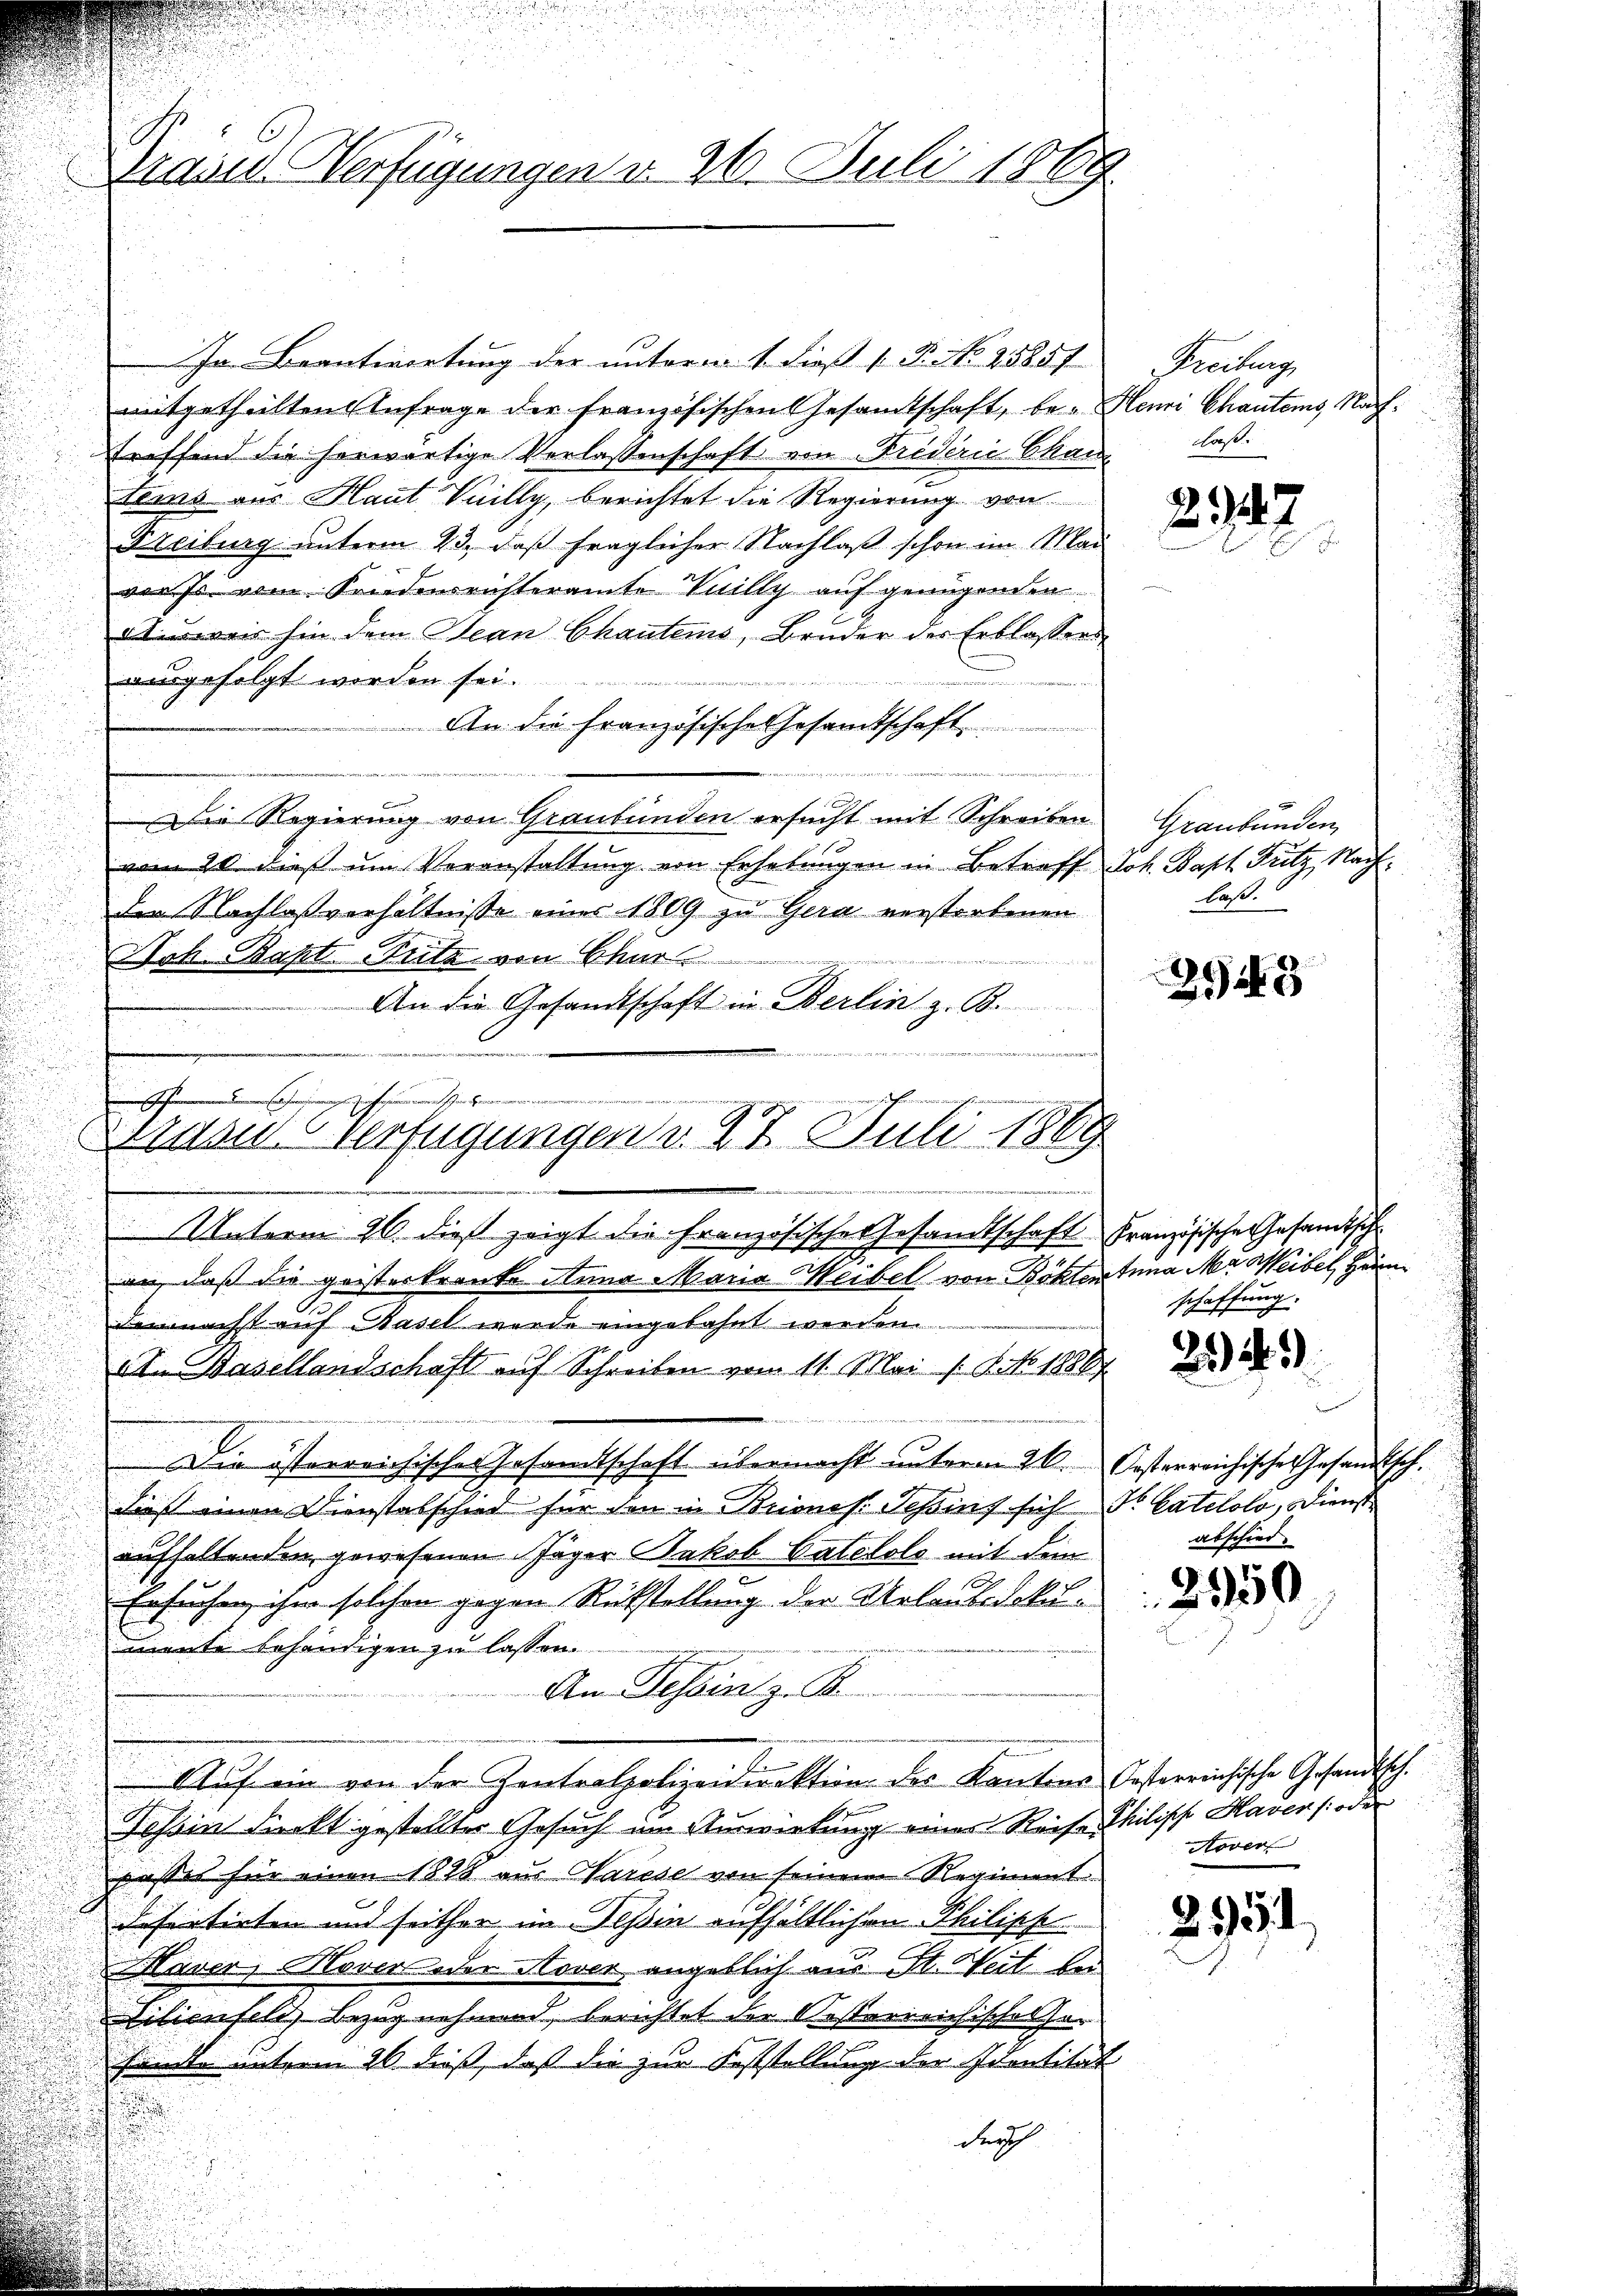
In Beantwortung der unterm 1. dieß P. No 25857
mitgetheilten Anfrage der französischen Gesandtschaft, be-
troffend die herwärtige Verlassenschaft von Friderie Cham
teins aus Haut Vuilly, berichtet die Regierung von
Freiburg unterm 23., daß fraglicher Nachlaß schon im Mai
vor sr. vom Kindensrichteramte Vuilly auf genügen
terweis hin dem Jean Chautens, Bruder der Erblassers
ausgefolgt worden sei.
An die französische Gesamtschaft
u
e
Die Regierung von Graubünden ersucht mit Schreiben
vom 20. dieß um Veranstaltung von Erhebungen in Betreff Joh. Bapt Fritz, Nach¬
Der Nachlaßverhältnisse einer 1809 zu Gera verstorbenen
u
Joh. Bapt. Riete von Chur
An die Gesandtschaft in Berlin z. B.
i
Unterm 26. dieß zeigt die Französische Gesandtschaft Französische Gesamtsch
.
an, daß die geisterkranke Anna Maria Weibel von Böhtertuna Ma Weibel, Heim
demnächst auf Basel wurde eingebahnt werden.
In Basellandschaft auf Schreiben von 11. Mai / NNo. 1886/
Die österreichisches Gesandtschaft übermacht unterm 26. Oesterreichische Gesandtsch¬
Fies einen Dienstabschied für den in Brones Scheint sich Dr Catelolo, Dienst
aufhaltenden, gewesenen Jäger Jakob Vaterolo mit dem
Ersuchen, ihm solchen gegen Rückstellung der Urlaube doku-
mente behändigen zu lassen
An Tessin z. B.
Auf ein von der Zentralpolizeidirektion des Kantons Casterrichische Gesandtsch.
Tessin Funkt gestellter Gesuch im Auswirkung einer Reise Philische Haver s. oder
eusser für einen 1818 aus Warese von seinem Regiment.
defertirten und seither im Tessin aufhältlichen Philisch
Naver, Hover oder Nover angeblich aus St. Weit bei
Lilienfeld, Bezug nehmend, berichtet der Oesterreichisches Hor
.
händte unterm 26 dieß, daß die zur Feststellung der Identität
.
durch

.
Draus Verfügungen v. 26. Juli 1869.

send
Anau verfügungen d. 28. Juli 1869

Freibung
Henri Chantons Nachhast.

2947

Graubünden
laß.

9449

schaffung.

2).

abschied.

2950

Aover

2551